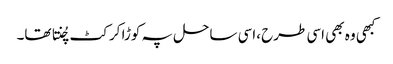
کبھی وہ بھی اسی طرح ،اسی ساحل پہ کوڑا کرکٹ چُنتا تھا۔